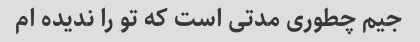
جیم چطوری مدتی است که تو را ندیده ام